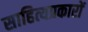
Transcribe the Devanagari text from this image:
साहित्यप्रकारों